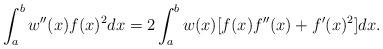
LaTeX: \begin{align*}\int_a^b w''(x) f(x)^2 dx = 2 \int_a^b w(x)[ f(x) f''(x)+f'(x)^2] dx. \end{align*}